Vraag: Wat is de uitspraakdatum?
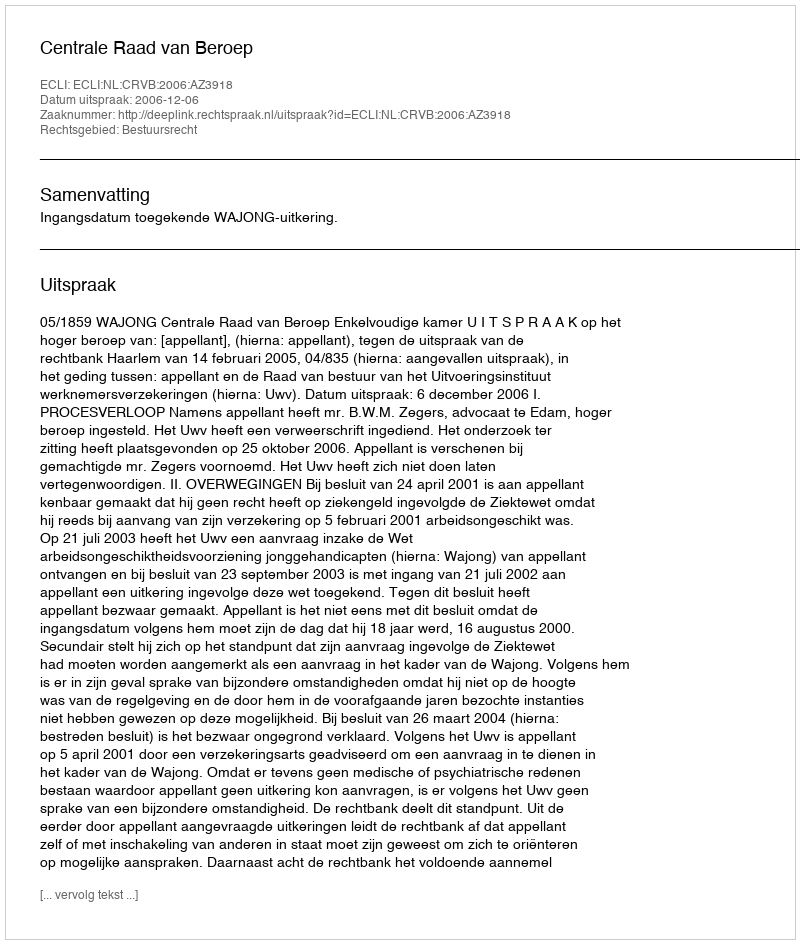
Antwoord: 2006-12-06